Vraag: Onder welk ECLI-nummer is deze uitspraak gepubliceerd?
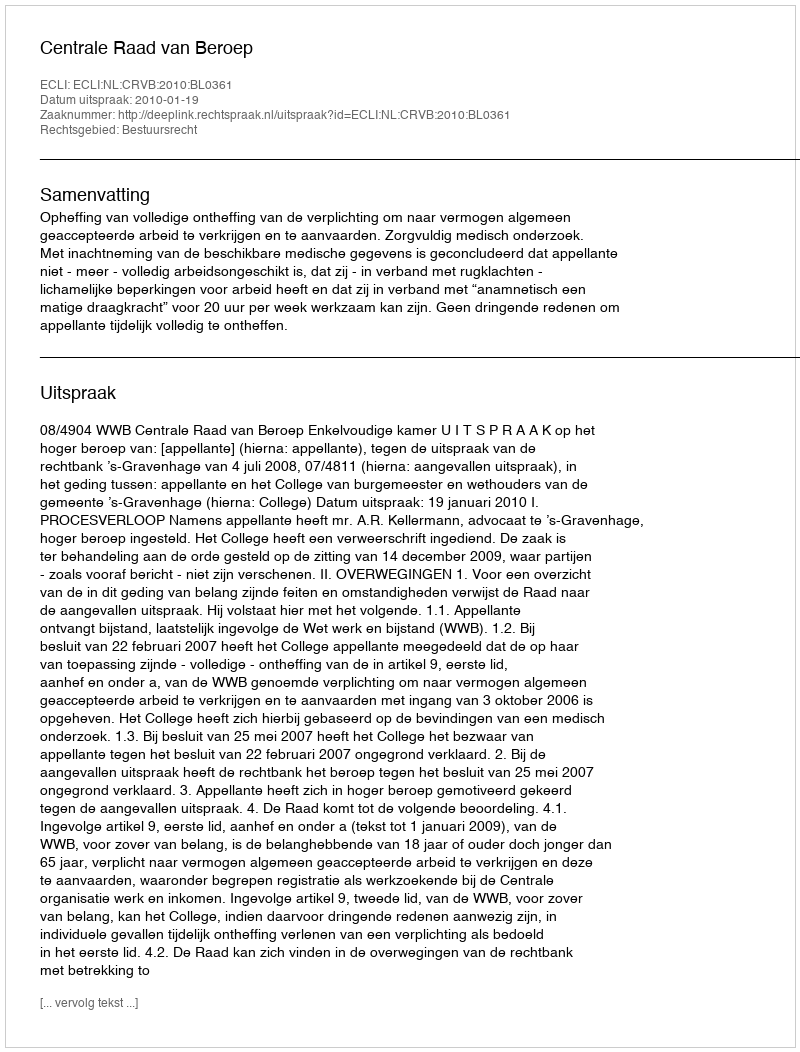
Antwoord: ECLI:NL:CRVB:2010:BL0361